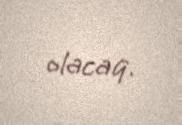
olacaq.